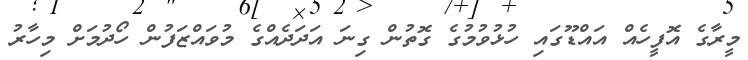
މީރާގެ އޮފީހެއް އައްޑޫގައި ހުޅުވުމުގެ ގޮތުން ގިނަ އަދަދެއްގެ މުވައްޒަފުން ހޯދުމަށް މިހާރު